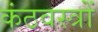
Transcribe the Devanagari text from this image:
कंठवस्त्रों